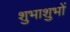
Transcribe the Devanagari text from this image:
शुभाशुभों